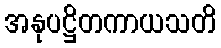
အနုပဋ္ဌိတကာယသတိ